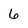
Character: 6